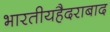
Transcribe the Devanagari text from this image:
भारतीयहैदराबाद